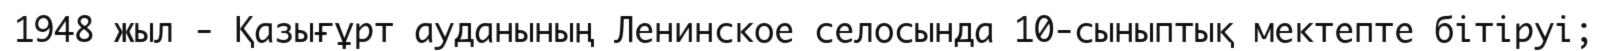
1948 жыл - Қазығұрт ауданының Ленинское селосында 10-сыныптық мектепте бітіруі;